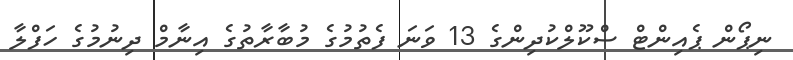
ނިޕޯން ޕެއިންޓް ސްކޫލްކުދިންގެ 13 ވަނަ ފެތުމުގެ މުބާރާތުގެ އިނާމް ދިނުމުގެ ހަފްލާ